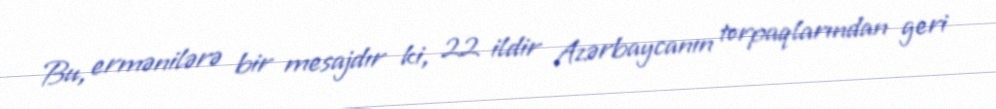
Bu, ermənilərə bir mesajdır ki, 22 ildir Azərbaycanın torpaqlarından geri